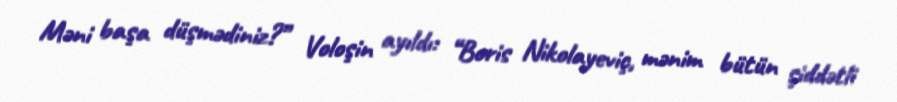
Məni başa düşmədiniz?” Voloşin ayıldı: “Boris Nikolayeviç, mənim bütün şiddətli